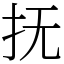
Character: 抚